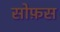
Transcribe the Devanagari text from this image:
सोफ़स